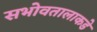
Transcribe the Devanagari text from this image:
सभोवतालाकडे